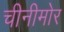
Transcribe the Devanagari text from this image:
चीनीमोर